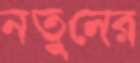
নতুনের